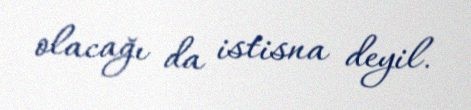
olacağı da istisna deyil.